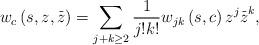
LaTeX: \begin{align*}w_{c}\left( s,z,\overset{\_}{z}\right) =\sum\limits_{j+k\geq 2}\frac{1}{j!k!}w_{jk}\left( s,c\right) z^{j}\overset{\_}{z}^{k}, \end{align*}